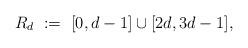
LaTeX: \begin{align*}R_d\ :=\ [0,d-1] \cup [2d, 3d-1],\end{align*}